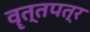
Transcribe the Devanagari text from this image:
वॄत्तपत्र